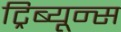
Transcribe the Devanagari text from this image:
ट्रिब्यून्स